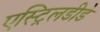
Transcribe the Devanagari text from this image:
एस्ट्रिलडीडे